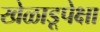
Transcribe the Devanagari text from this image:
खेळाडूपेक्षा